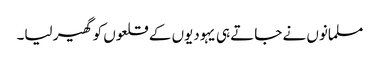
مسلمانوں نے جاتے ہی یہودیوں کے قلعوں کو گھیر لیا۔